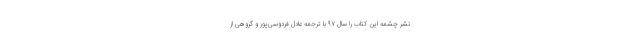
نشر چشمه این کتاب را سال ۹۷ با ترجمه‌ عادل فردوسی‌پور و گروهی از